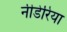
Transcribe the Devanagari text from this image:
नीडेरिया